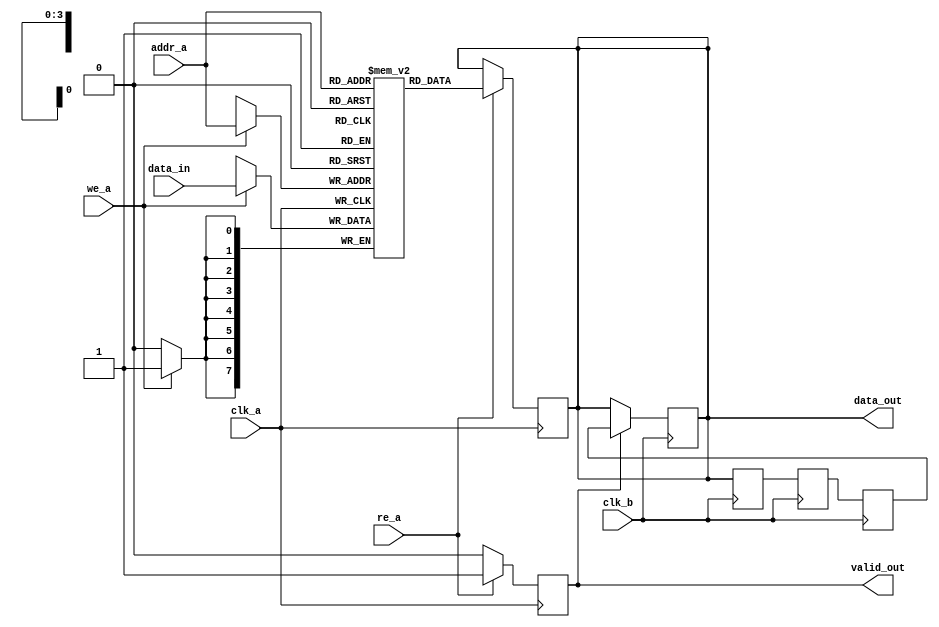
module MemoryBlock #(
    parameter DATA_WIDTH = 8,  // Width of the data
    parameter ADDR_WIDTH = 4,  // Address width (2^ADDR_WIDTH = depth)
    parameter DELAY_CYCLES = 3  // Number of cycles for safe delay
)(
    input wire clk_a,           // Clock for memory block
    input wire clk_b,           // Clock for synchronization
    input wire [ADDR_WIDTH-1:0] addr_a, // Address for read/write
    input wire [DATA_WIDTH-1:0] data_in, // Data input for write
    input wire we_a,            // Write enable for memory block
    input wire re_a,            // Read enable for memory block
    output reg [DATA_WIDTH-1:0] data_out, // Data output for read
    output reg valid_out        // Valid signal for output data
);

    // Memory array
    reg [DATA_WIDTH-1:0] memory [(2**ADDR_WIDTH)-1:0];

    // Safe Delay Line
    reg [DATA_WIDTH-1:0] delay_line [DELAY_CYCLES-1:0];
    integer i;

    // Write operation
    always @(posedge clk_a) begin
        if (we_a) begin
            memory[addr_a] <= data_in; // Write data to memory
        end
    end

    // Read operation
    always @(posedge clk_a) begin
        if (re_a) begin
            data_out <= memory[addr_a]; // Read data from memory
            valid_out <= 1'b1;          // Indicate valid output
        end else begin
            valid_out <= 1'b0;          // Indicate invalid output
        end
    end

    // Safe Delay Line Logic
    always @(posedge clk_b) begin
        // Shift the delay line
        delay_line[0] <= data_out; // Capture the current output
        for (i = 1; i < DELAY_CYCLES; i = i + 1) begin
            delay_line[i] <= delay_line[i-1]; // Shift the delay line
        end
    end

    // Final output after delay
    always @(posedge clk_b) begin
        if (valid_out) begin
            // Output the last stable data from the delay line
            data_out <= delay_line[DELAY_CYCLES-1];
        end
    end

endmodule